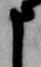
申